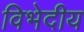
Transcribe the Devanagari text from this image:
विभेदीय